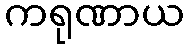
ကရုဏာယ